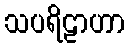
သပရိဠာဟာ